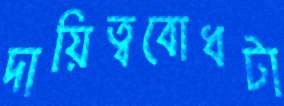
দায়িত্ববোধটা